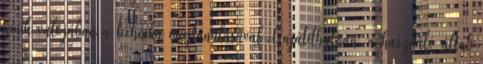
amik valójában a technika megtanulásával elsajátíthatóan, a használó által